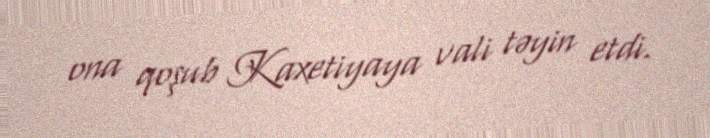
ona qoşub Kaxetiyaya vali təyin etdi.